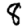
Digit: 8